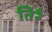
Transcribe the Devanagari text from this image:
तिरै